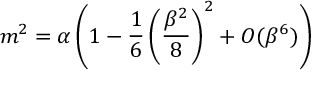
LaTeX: m ^ { 2 } = \alpha \left( 1 - \frac { 1 } { 6 } \left( \frac { \beta ^ { 2 } } { 8 } \right) ^ { 2 } + O ( \beta ^ { 6 } ) \right)